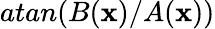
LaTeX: atan(B(\mathbf{x})/A(\mathbf{x}))